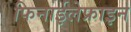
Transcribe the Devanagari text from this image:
फिनाईलेफ्राइन